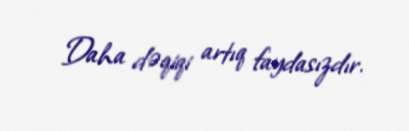
Daha dəqiqi artıq faydasızdır.